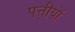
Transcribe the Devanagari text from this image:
पत्तीयाँ